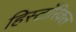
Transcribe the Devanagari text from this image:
हिस्टाॅरिकल